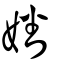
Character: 嬏